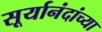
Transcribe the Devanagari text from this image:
सूर्यानंदांच्या